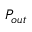
P _ { o u t }